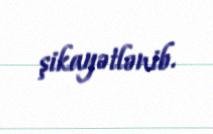
şikayətlənib.